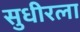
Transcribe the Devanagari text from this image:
सुधीरला